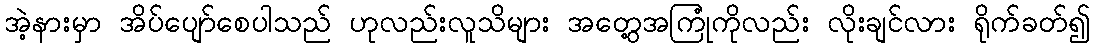
အဲ့နားမှာ အိပ်ပျော်စေပါသည် ဟုလည်းလူသိများ အတွေ့အကြုံကိုလည်း လိုးချင်လား ရိုက်ခတ်၍